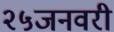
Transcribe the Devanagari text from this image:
२५जनवरी